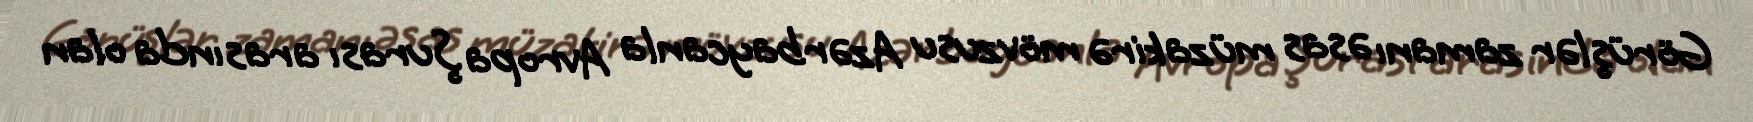
Görüşlər zamanı əsas müzakirə mövzusu Azərbaycanla Avropa Şurası arasında olan